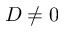
D \neq 0